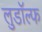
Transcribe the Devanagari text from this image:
लुडॉल्फ